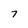
Character: 7